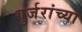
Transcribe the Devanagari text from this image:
गुर्जरांच्या